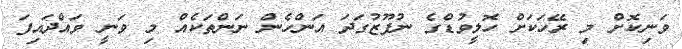
ވަނިކޮށް މި ރޭހަކަށް ހޮލީވުޑްގެ ނުފޫޒުގަދަ އަންހެން ނަންތަކެއް މި ވަނީ ވައްދައިފަ